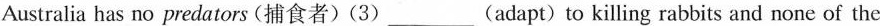
Australia has no predators (捕食者)(3)___(adapt)to killing rabbits and none of the